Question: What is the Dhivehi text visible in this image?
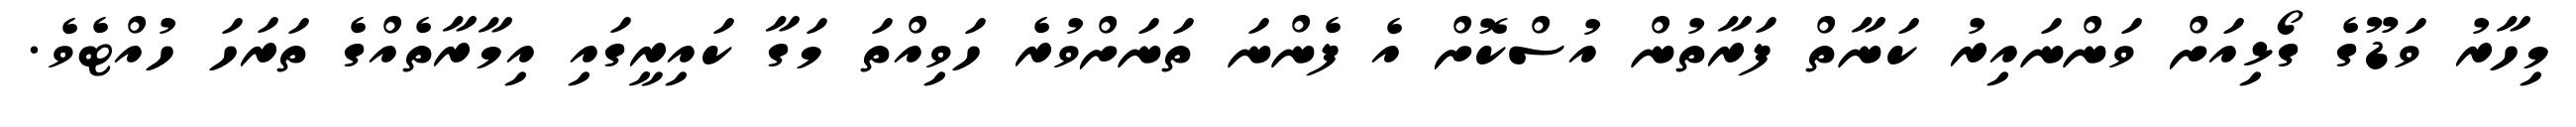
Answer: މިހާރު ވަޑޫގެ ގޯޅިއަށް ވަންނައިރު ކަނާތް ފަރާތުން އުސްކޮށް އެ ފެންނަ ތަނަށްވުރެ ހަވިއްތަ މަގާ ކައިރީގައި އިމާރާތެއްގެ ތަރަހަ ހުއްޓެވެ.